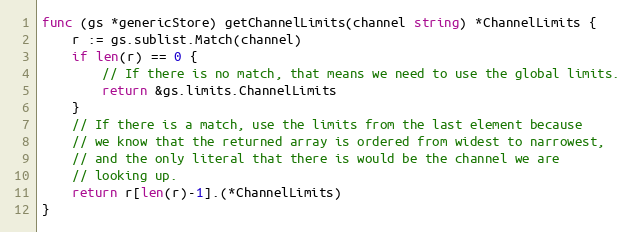
Language: Go
func (gs *genericStore) getChannelLimits(channel string) *ChannelLimits {
	r := gs.sublist.Match(channel)
	if len(r) == 0 {
		// If there is no match, that means we need to use the global limits.
		return &gs.limits.ChannelLimits
	}
	// If there is a match, use the limits from the last element because
	// we know that the returned array is ordered from widest to narrowest,
	// and the only literal that there is would be the channel we are
	// looking up.
	return r[len(r)-1].(*ChannelLimits)
}